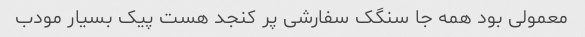
معمولی بود همه جا سنگک سفارشی پر کنجد هست پیک بسیار مودب